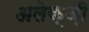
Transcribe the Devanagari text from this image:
अलेक्ज़ी